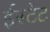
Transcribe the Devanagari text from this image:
ईस्टेट